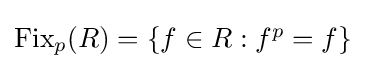
{\textstyle {\text{Fix}}_{p}(R)=\{f\in R:f^{p}=f\}}